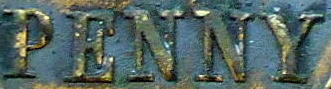
PENNY